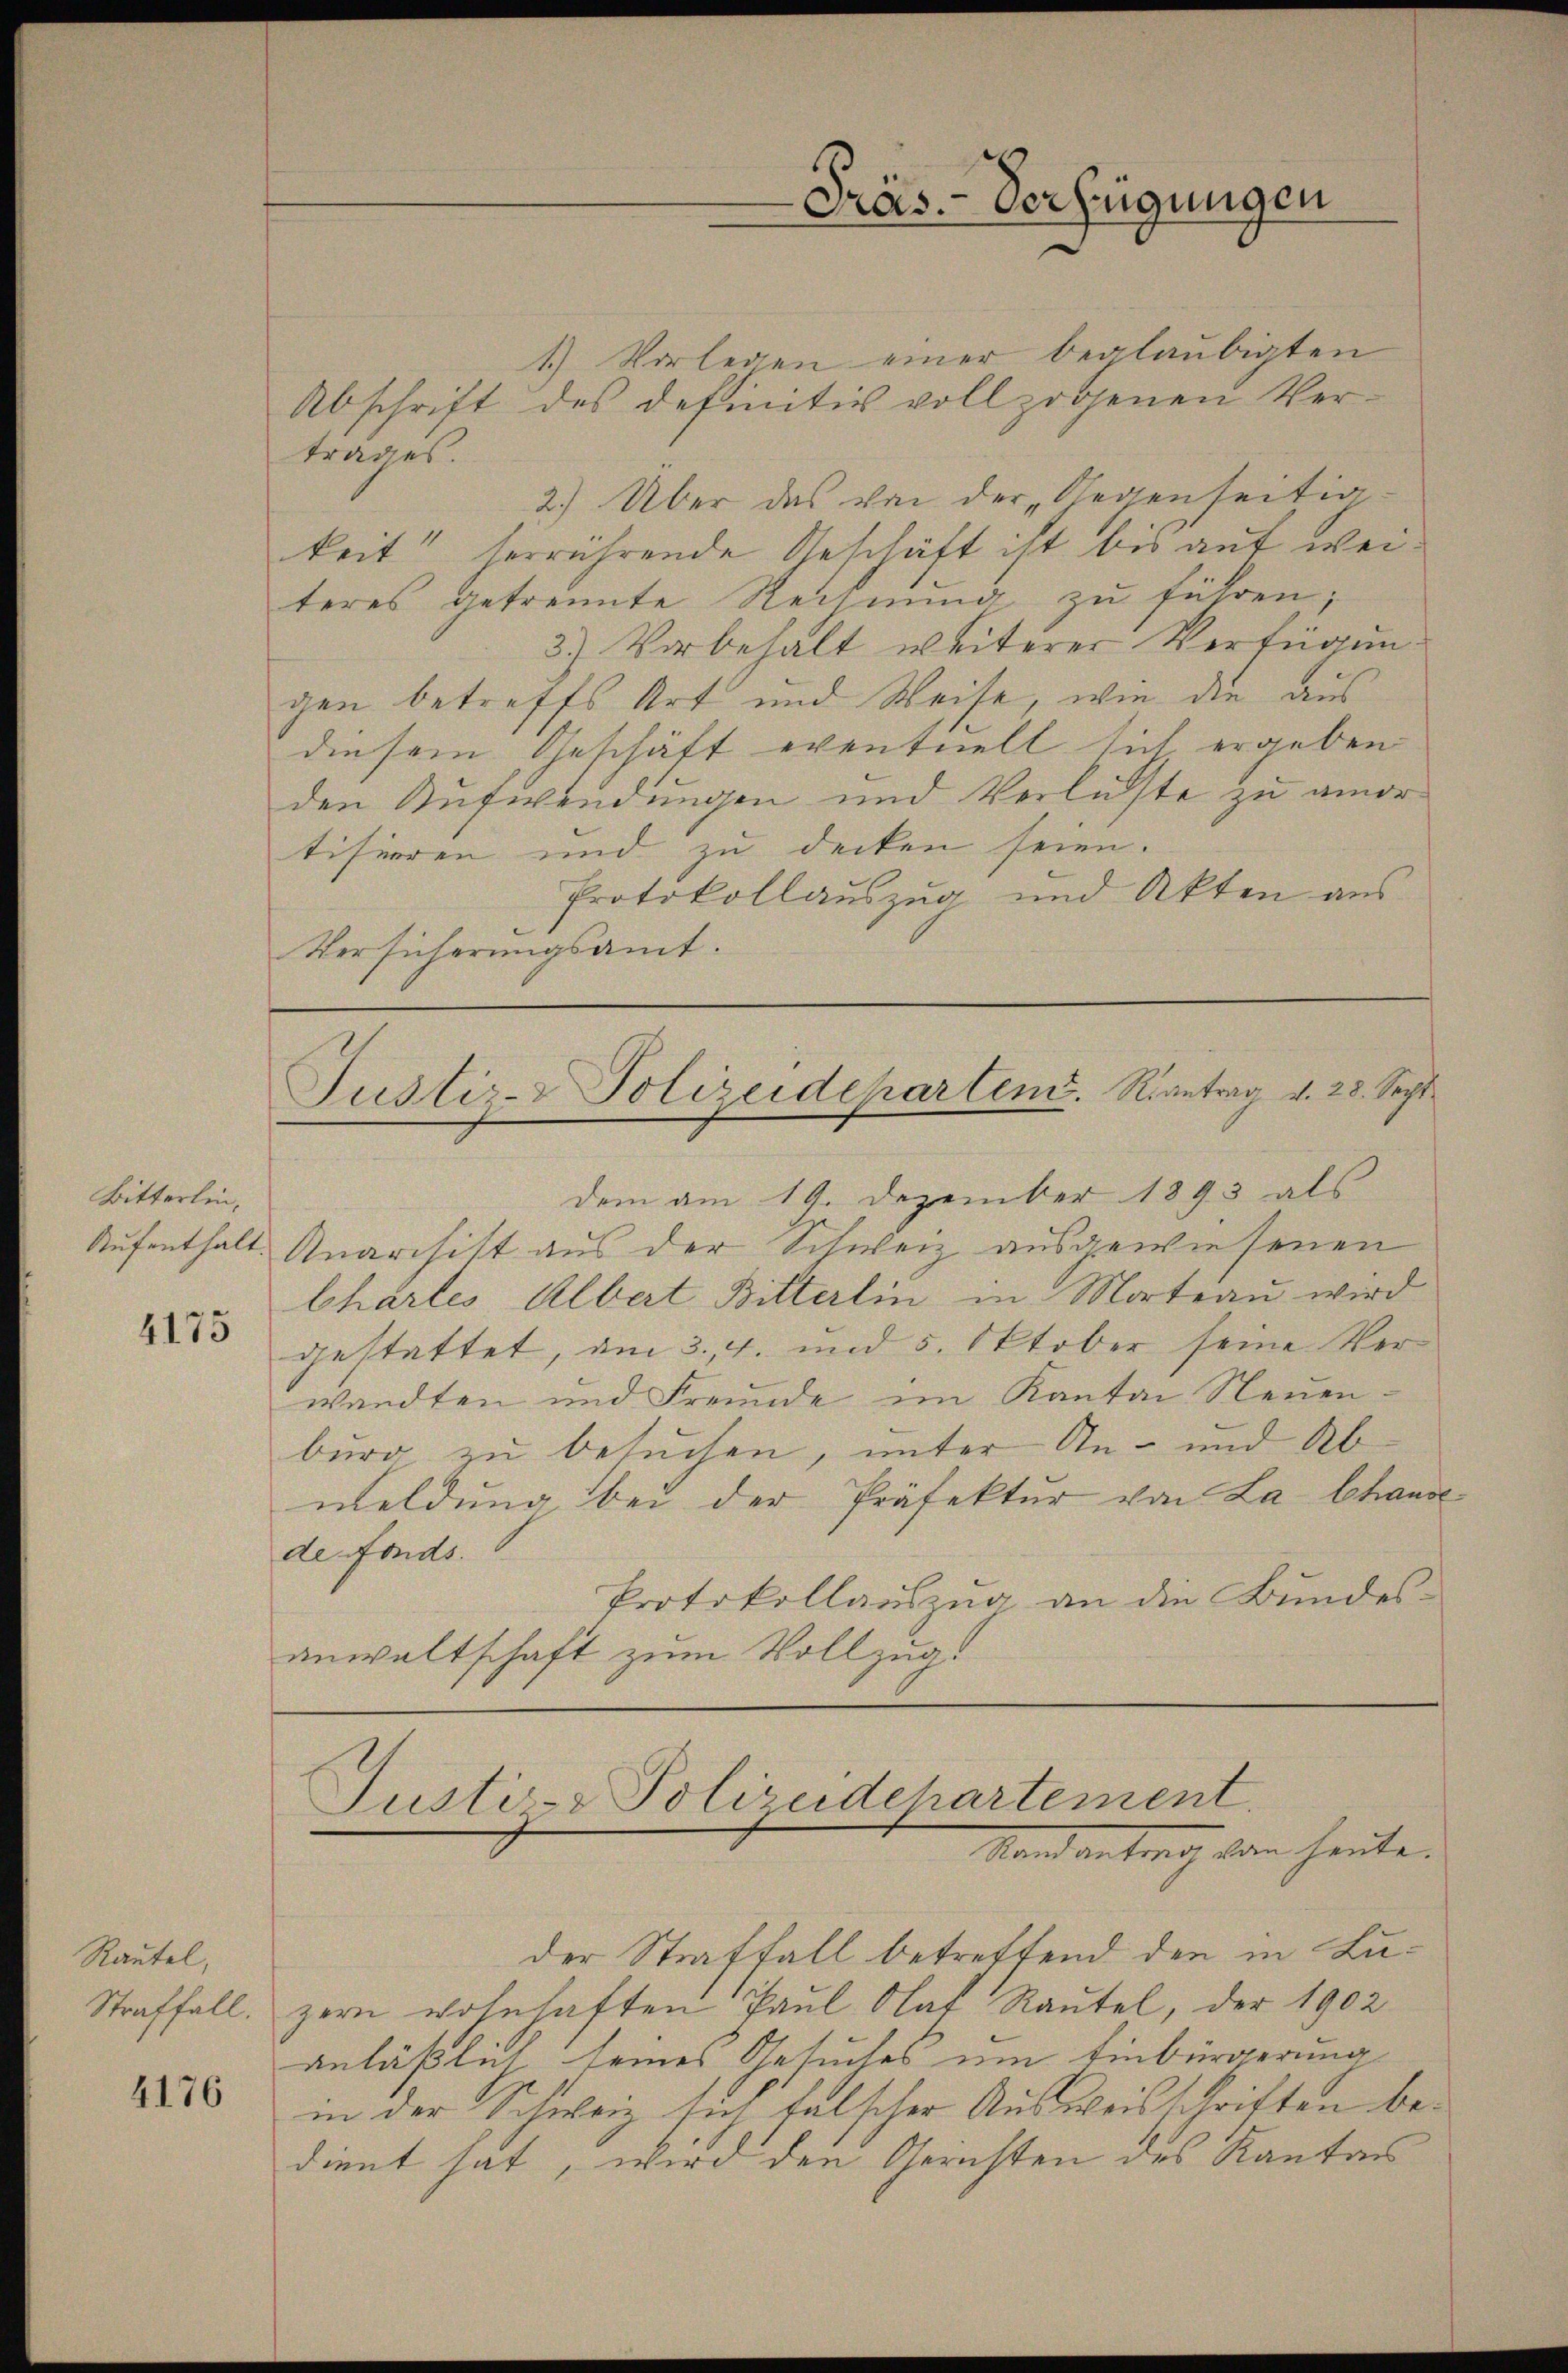
Bitterlin,
4175

Rautel,

4176

1.) Vorlegen einer beglaubigten
Abschrift des definitiv vollzogenen Vertrages.
2.) Über das von der Gegenseitig
keit“ herrührende Geschäft ist bis auf weiteres getrennte Rechnung zu führen;
3.) Vorbehalt weiterer Verfügungen betreffs Art und Weise, wie die aus
diesem Geschäft eventuell sich ergeben
den Aufwendungen und Verluste zu amortisieren und zu decken seien.
Protokollauszug und Akten aus
Versicherungsamt.

Justiz- & Polizeideharten. Rantrag v. 28. Sept.

Justiz- & Polizeidehartement
Stand antrag von heute.

Präs. - Verfügungen

der Straffall betreffend den in Lu¬
Straffall, zern wohnhaften Paul Aat Rautel, der 1902
anläßlich seines Gesuches um Einbürgerung
in der Schweiz sich falscher Ausweisschriften bedient hat, wird den Gerichten des Kanton

dem am 19. Dezember 1893 als
Aufenthalt. Anarchist aus der Schweiz ausgewiesenen
bhärtes Albert Bitterlin in Morteau wird
gestattet, am 3. 4. und 5. Oktober seine Verwandten und Freunde im Kanton Neuen-
burg zu besuchen, unter An- und Abmeldung bei der Präfektur von La Chause
de Fonds.
Protokollauszug an die Bundes-
anwaltschaft zum Vollzug.